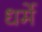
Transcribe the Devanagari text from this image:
धर्मे